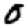
Digit: 0